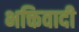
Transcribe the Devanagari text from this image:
भक्तिवादी